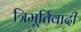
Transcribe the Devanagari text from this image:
त्रिमूर्तिवादी